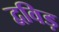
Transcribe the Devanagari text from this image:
द्वविड़